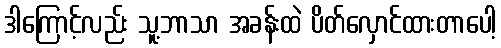
ဒါကြောင့်လည်း သူ့ဘာသာ အခန်းထဲ ပိတ်လှောင်ထားတာပေါ့